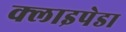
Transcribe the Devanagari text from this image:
क्लाइपेडा